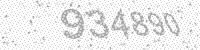
Solution: 934890